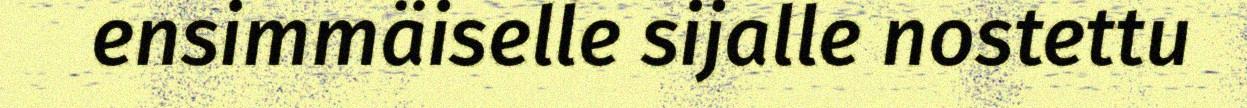
ensimmäiselle sijalle nostettu